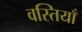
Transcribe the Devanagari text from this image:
वस्तियाँ